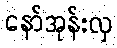
နော်အုန်းလှ